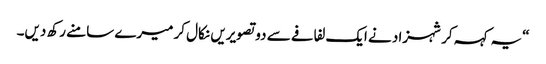
“یہ کہہ کر شہزاد نے ایک لفافے سے دو تصویریں نکال کر میرے سامنے رکھ دیں۔